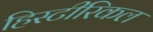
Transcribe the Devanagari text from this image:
हिस्टीरिकल